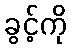
ခွင့်ကို